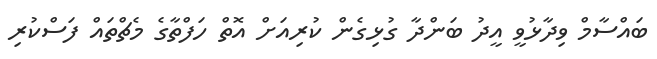
ބައްސާމް ވިދާޅުވީ އީދު ބަންދާ ގުޅިގެން ކުރިއަށް އޮތް ހަފްތާގެ މެޗްތައް ފަސްކުރި